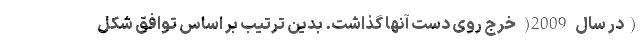
(در سال 2009( خرج روی دست آنها گذاشت. بدین ترتیب بر اساس توافق شکل